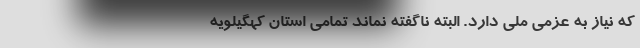
که نیاز به عزمی ملی دارد. البته ناگفته نماند تمامی استان کهگیلویه